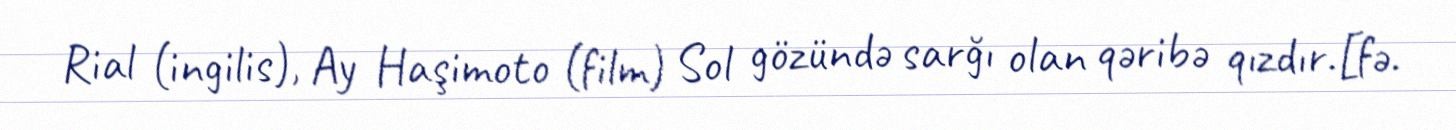
Rial (ingilis), Ay Haşimoto (film) Sol gözündə sarğı olan qəribə qızdır.[fə.